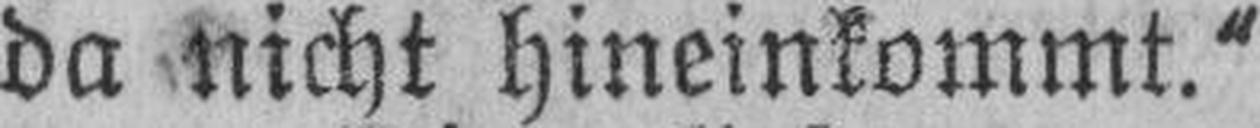
da nicht hineinkommt.“